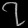
Digit: ၇